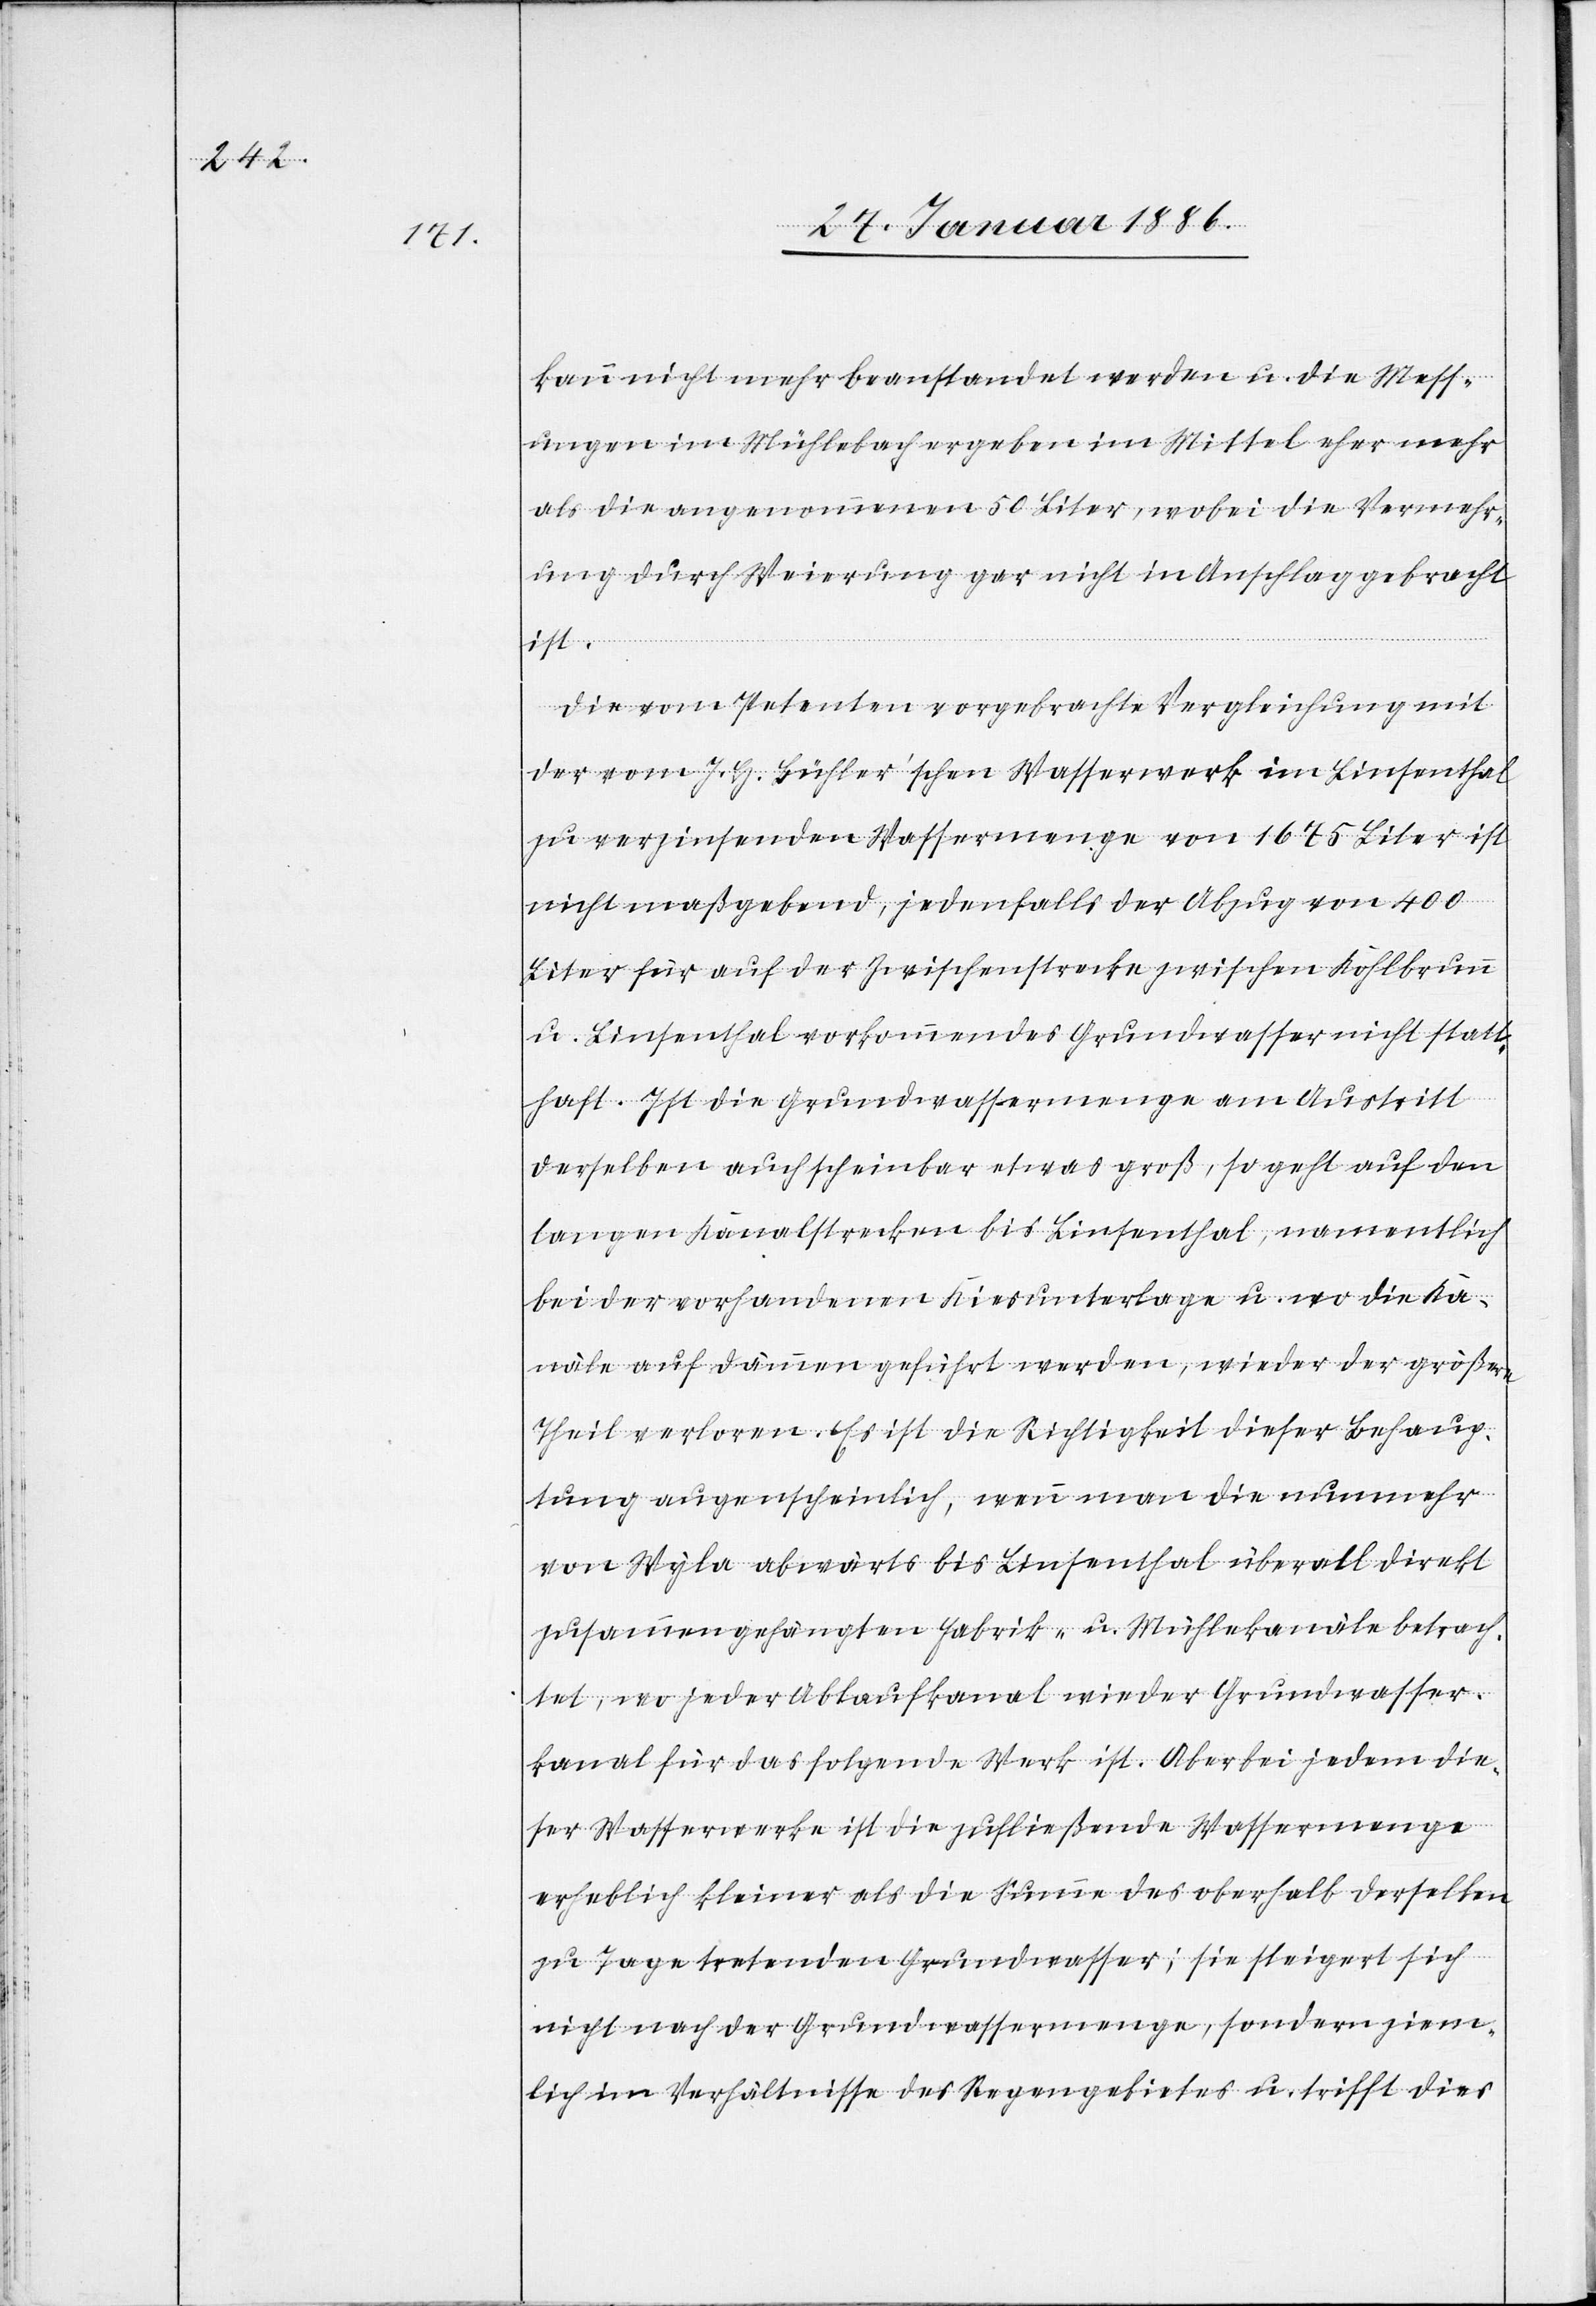
kann nicht mehr beanstandet werden u. die Mess¬
ungen im Mühlebach ergeben im Mittel eher mehr
als die angenommenen 50 Liter, wobei die Vermehr¬
ung durch Weierung gar nicht in Anschlag gebracht
ist.
Die vom Petenten vorgebrachte Vergleichung mit
der vom J. H. Bühler’schen Wasserwerk im Linsenthal
zu verzinsenden Wassermenge von 1675 Liter ist
nicht maßgebend, jedenfalls der Abzug von 400
Liter für auf der Zwischenstrecke zwischen Kohlbrunn
u. Linsenthal vorkommendes Grundwasser nicht statt¬
haft. Ist die Grundwassermenge am Austritt
derselben auch scheinbar etwas groß, so geht auf den
langen Kanalstrecken bis Linsenthal, namentlich
bei der vorhandenen Kiesunterlage u. wo die Ka¬
näle auf Dämmen geführt werden, wieder der größerer
Theil verloren. Es ist die Richtigkeit dieser Behaup¬
tung augenscheinlich, wenn man die nunmehr
von Wyla abwärts bis Linsenthal überall direkt
zusammengehängten Fabrik- u. Mühlekanäle betrach¬
tet, wo jeder Ablaufkanal wieder Grundwasser¬
kanal für das folgende Werk ist. Aber bei jedem die¬
ser Wasserwerke ist die zufließende Wassermenge
erheblich kleiner als die Summe des oberhalb derselben
zu Tage tretenden Grundwasser; sie steigert sich
nicht nach der Grundwassermenge, sondern ziem¬
lich im Verhältnisse des Regengebietes u. trifft dies